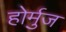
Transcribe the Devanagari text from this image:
होर्मुज